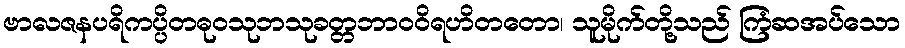
ဗာလဇနပရိကပ္ပိတဓုဝသုဘသုခတ္တဘာဝဝိရဟိတတော၊ သူမိုက်တို့သည် ကြံဆအပ်သော